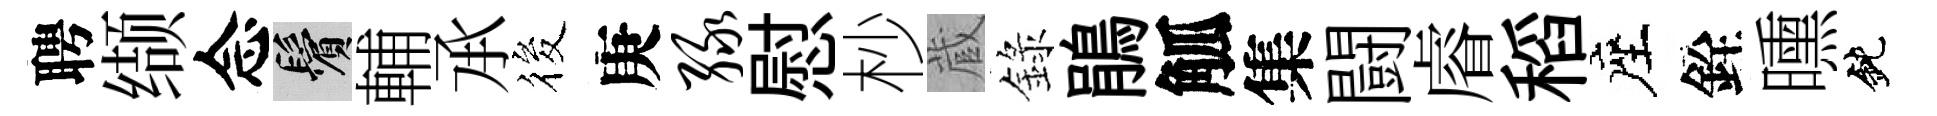
聘缬念鬢輔𠄘筱庚绿慰杪蔵錄鵑觚集闘𥈠稻座銓曛鈍